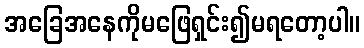
အခြေအနေကိုမဖြေရှင်း၍မရတော့ပါ။